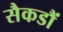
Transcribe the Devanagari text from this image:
सैकडौं